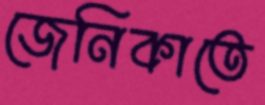
জেনিকাতে